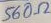
Text: 560Ω